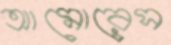
আমোরেস